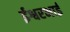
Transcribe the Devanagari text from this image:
ईश्वरभाई